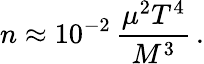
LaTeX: n\approx 10^{-2}\, \frac{\mu^{2}T^{4}}{M^{3}}\, .